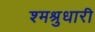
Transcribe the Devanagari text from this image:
श्मश्रुधारी